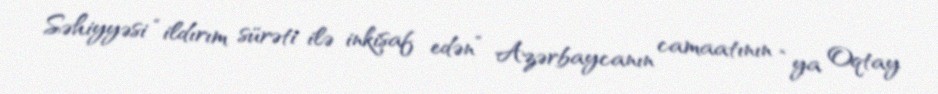
Səhiyyəsi “ildırım sürəti ilə inkişaf edən” Azərbaycanın camaatının “ya Oqtay